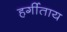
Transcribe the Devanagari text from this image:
हर्गीताय